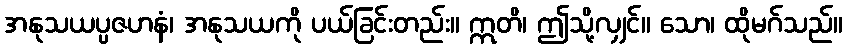
အနုသယပ္ပဇဟနံ၊ အနုသယကို ပယ်ခြင်းတည်း။ ဣတိ၊ ဤသို့လျှင်။ သော၊ ထိုမဂ်သည်။